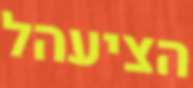
הציעהל